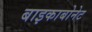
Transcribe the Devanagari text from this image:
बाइकाबोनेट